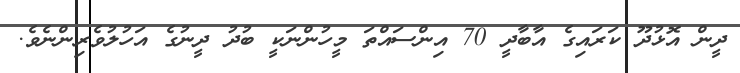
ދީން އޮޅުދޫ ކަރައިގެ އާބާދީ 70 އިންސައްތަ މީހުންނަކީ ބުދު ދީނުގެ އަހުލުވެރިންނެވެ.